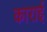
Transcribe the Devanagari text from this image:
काराई